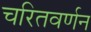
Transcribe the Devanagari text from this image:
चरितवर्णन